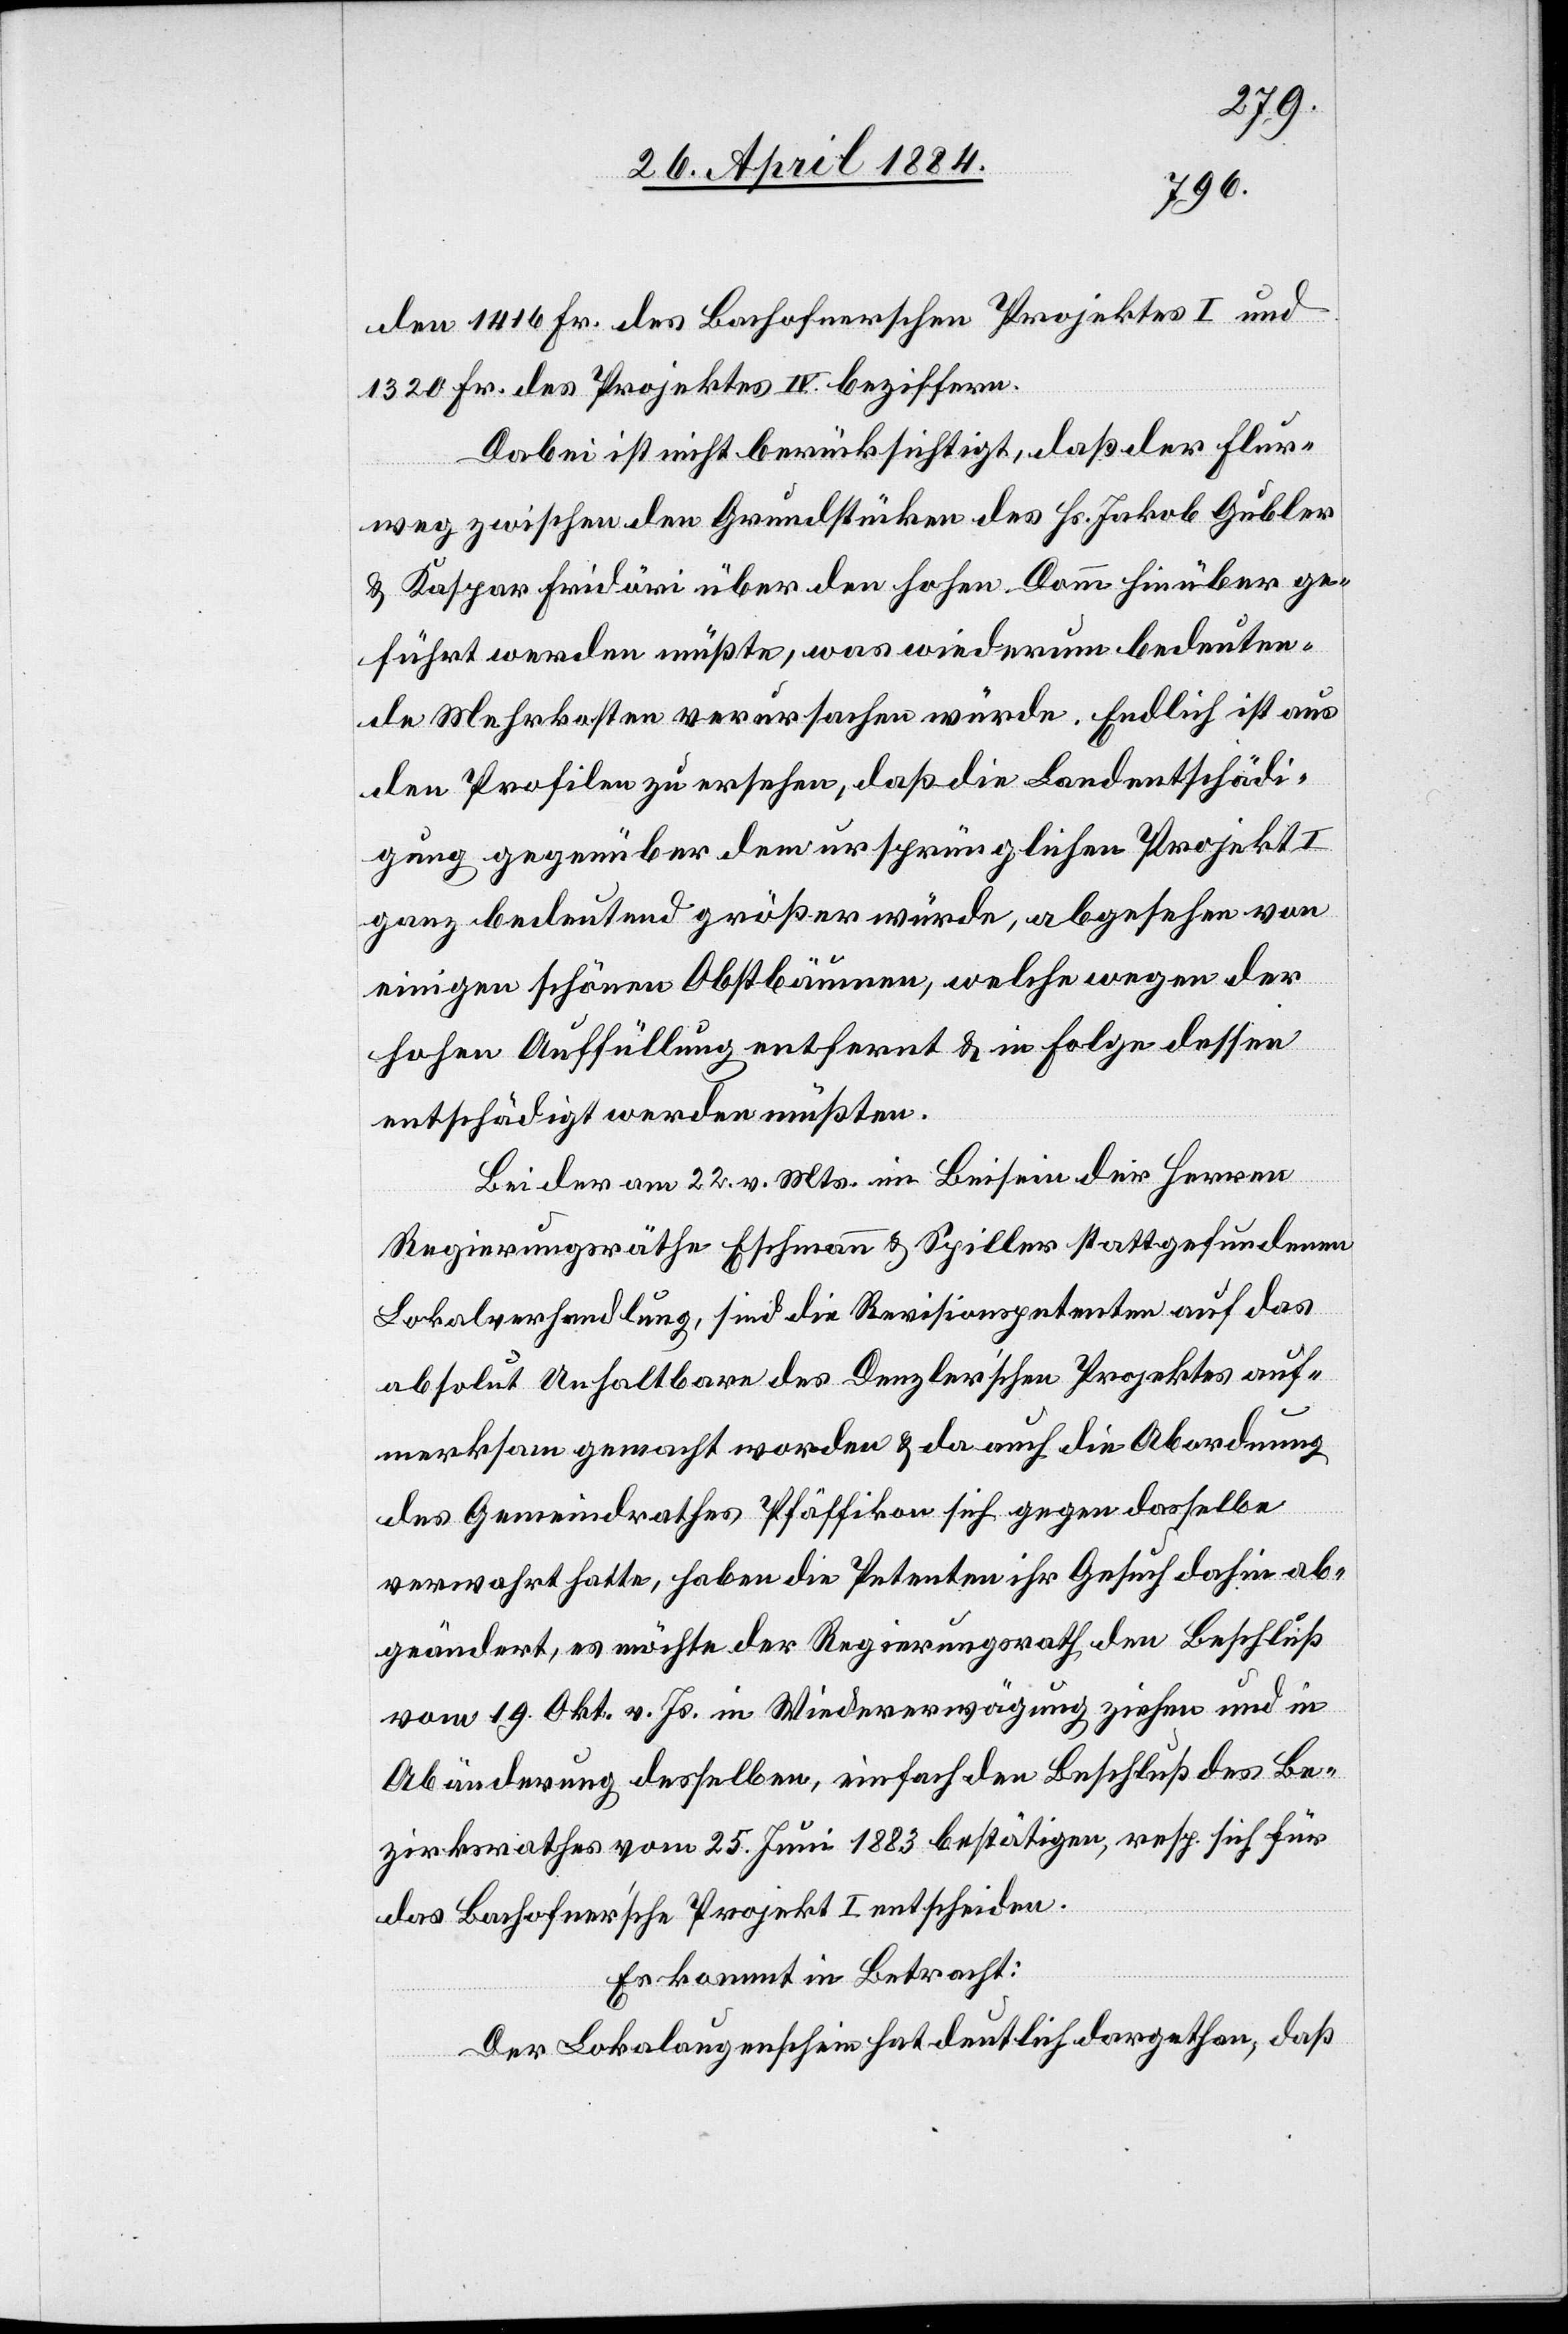
den 1416 Fr. des Bachofnerschen Projektes I und
1320 Fr. des Projektes IV beziffern.
Dabei ist nicht berücksichtigt, daß der Flur¬
weg zwischen den Grundstücken des Hs. Jakob Gubler
& Kaspar Fridöri über den hohen Damm hinüber ge¬
führt werden müßte, was wiederum bedeuten¬
de Mehrkosten verursachen würde. Endlich ist aus
den Profilen zu ersehen, daß die Landentschädi¬
gung bedeutend größer würde, abgesehen von
einigen schönen Obstbäumen, welche wegen der
hohen Auffüllung entfernt & in Folge dessen
entschädigt werden müßten.
Bei der am 22. v. Mts. im Beisein der Herren
Regierungsräthe Eschmann & Spiller stattgefundenen
Lokalverhandlung, sind die Revisionspetenten auf das
absolut Unhaltbare des Denzler’schen Projektes auf¬
merksam gemacht worden & da auch die Abordnung
des Gemeindrathes Pfäffikon sich gegen dasselbe
verwahrt hatte, haben die Petenten ihr Gesuch dahin ab¬
geändert, es möchte der Regierungsrath den Beschluß
vom 19. Okt. v. Js. in Wiedererwägung ziehen und in
Abänderung desselben, einfach den Beschluß des Be¬
zirksrathes vom 25. Juni 1883 bestätigen, resp. sich für
das Bachofner’sche Projekt I entscheiden.
Es kommt in Betracht:
Der Lokalaugenschein hat deutlich dargethan, daß